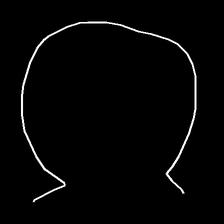
Glyph: weave